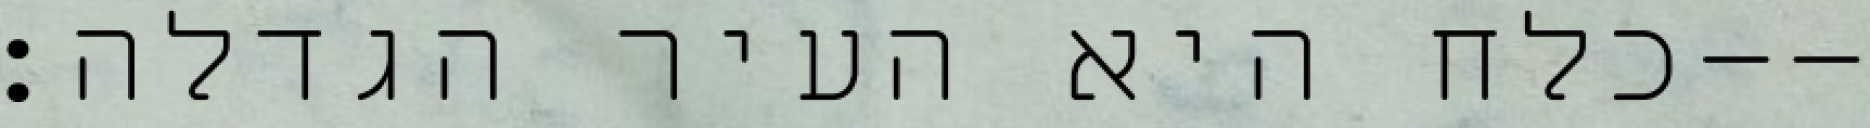
כלח היא העיר הגדלה׃--